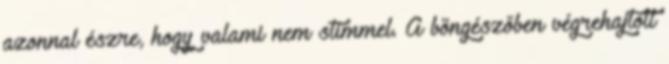
azonnal észre, hogy valami nem stimmel. A böngészőben végrehajtott